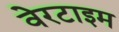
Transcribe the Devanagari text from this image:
वेरटाइम